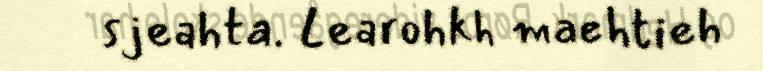
sjeahta. Learohkh maehtieh